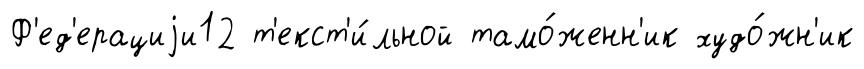
Ф'ед'ерациjи12 т'екст'и́льной тамо́женн'ик худо́жн'ик